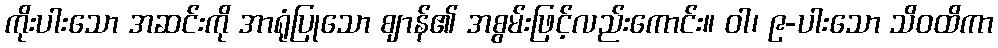
ကိုးပါးသော အဆင်းကို အာရုံပြုသော ဈာန်၏ အစွမ်းဖြင့်လည်းကောင်း။ ဝါ၊ ၉-ပါးသော သိဝထိကာ